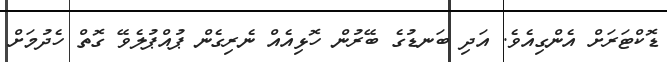
ޑޮކްޓަރަށް އެންގިއެވެ. އަދި ބަނޑުގެ ބޭރުން ހޮޅިއެއް ނެރިގެން ޕުއްޕުލެވޭ ގޮތް ހެދުމަށް